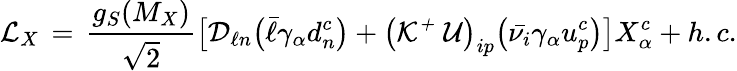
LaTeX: {\cal L}_{X}\, =\, \frac{g_{S}(M_{X})}{\sqrt 2}\big[{\cal D}_{\ell n}\big(\bar{\ell}\gamma_{\alpha}d_{n}^{c}\big)+\big({\cal K^{+}\; \cal U}\big)_{ip}\big(\bar{\nu_{i}}\gamma_{\alpha}u_{p}^{c}\big)\big]X_{\alpha}^{c}+h.c.